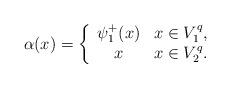
LaTeX: \begin{align*}\begin{aligned}\alpha(x)=\left\{\begin{array}{cc} \psi^{+}_{1}(x) & x\in V^{q}_{1}, \\ x & x\in V^{q}_{2}.\end{array}\right. \end{aligned}\end{align*}